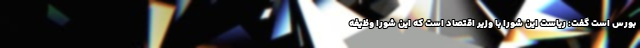
بورس است گفت: ریاست این شورا با وزیر اقتصاد است که این شورا وظیفه